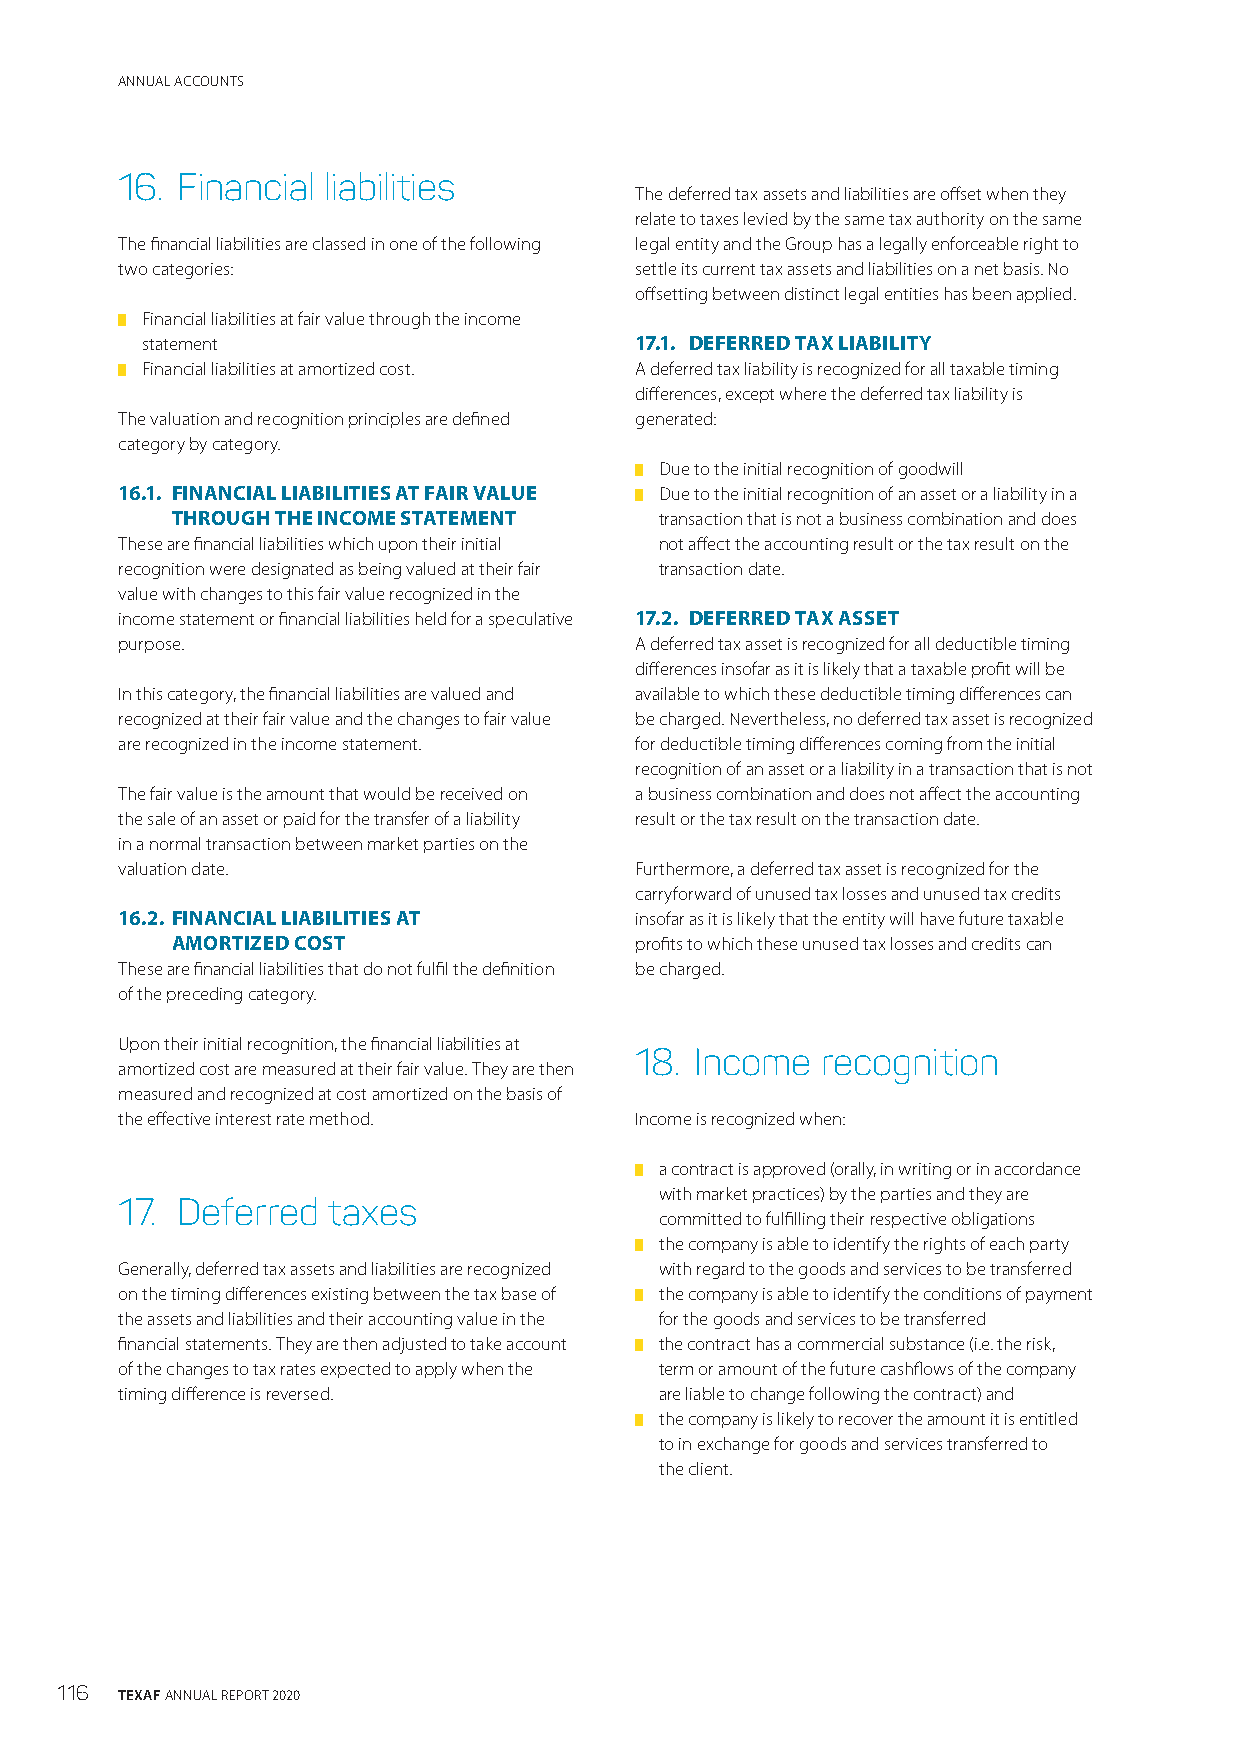
ANNUAL ACCOUNTS
 16. Financial liabilities
 The deferred tax assets and liabilities are offset when they
 relate to taxes levied by the same tax authority on the same
 The financial liabilities are classed in one of the following legal entity and the Group has a legally enforceable right to
 two categories:                   settle its current tax assets and liabilities on a net basis. No
 offsetting between distinct legal entities has been applied.
 █ Financial liabilities at fair value through the income
 statement                        17.1. DEFERRED TAX LIABILITY
 █ Financial liabilities at amortized cost. A deferred tax liability is recognized for all taxable timing
 differences, except where the deferred tax liability is
 The valuation and recognition principles are defined generated:
 category by category.
 █ Due to the initial recognition of goodwill
 16.1. FINANCIAL LIABILITIES AT FAIR VALUE █ Due to the initial recognition of an asset or a liability in a
 THROUGH THE INCOME STATEMENT     transaction that is not a business combination and does
 These are financial liabilities which upon their initial not affect the accounting result or the tax result on the
 recognition were designated as being valued at their fair transaction date.
 value with changes to this fair value recognized in the
 income statement or financial liabilities held for a speculative 17.2. DEFERRED TAX ASSET
 purpose.                          A deferred tax asset is recognized for all deductible timing
 differences insofar as it is likely that a taxable profit will be
 In this category, the financial liabilities are valued and available to which these deductible timing differences can
 recognized at their fair value and the changes to fair value be charged. Nevertheless, no deferred tax asset is recognized
 are recognized in the income statement. for deductible timing differences coming from the initial
 recognition of an asset or a liability in a transaction that is not
 The fair value is the amount that would be received on a business combination and does not affect the accounting
 the sale of an asset or paid for the transfer of a liability result or the tax result on the transaction date.
 in a normal transaction between market parties on the
 valuation date.                   Furthermore, a deferred tax asset is recognized for the
 carryforward of unused tax losses and unused tax credits
 16.2. FINANCIAL LIABILITIES AT    insofar as it is likely that the entity will have future taxable
 AMORTIZED COST                 profits to which these unused tax losses and credits can
 These are financial liabilities that do not fulfil the definition be charged.
 of the preceding category.
 Upon their initial recognition, the financial liabilities at
 18. Income  recognition
 amortized cost are measured at their fair value. They are then
 measured and recognized at cost amortized on the basis of
 the effective interest rate method. Income is recognized when:
 █ a contract is approved (orally, in writing or in accordance
 with market practices) by the parties and they are
 17. Deferred  taxes
 committed to fulfilling their respective obligations
 █ the company is able to identify the rights of each party
 Generally, deferred tax assets and liabilities are recognized with regard to the goods and services to be transferred
 on the timing differences existing between the tax base of █ the company is able to identify the conditions of payment
 the assets and liabilities and their accounting value in the for the goods and services to be transferred
 financial statements. They are then adjusted to take account █ the contract has a commercial substance (i.e. the risk,
 of the changes to tax rates expected to apply when the term or amount of the future cashflows of the company
 timing difference is reversed.      are liable to change following the contract) and
 █ the company is likely to recover the amount it is entitled
 to in exchange for goods and services transferred to
 the client.
 116 TEXAF ANNUAL REPORT 2020